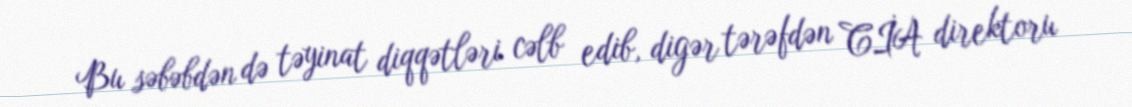
Bu səbəbdən də təyinat diqqətləri cəlb edib, digər tərəfdən CİA direktoru